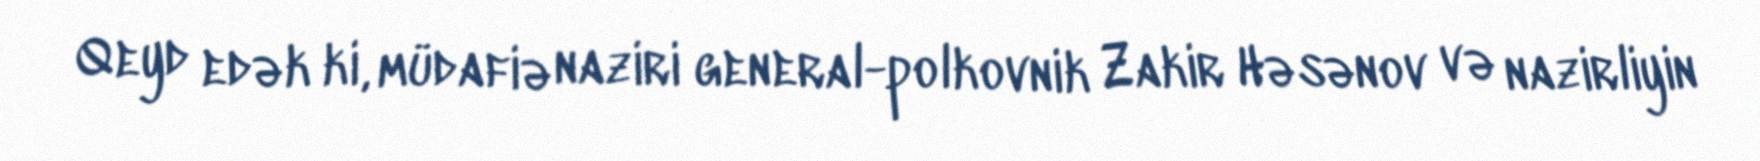
Qeyd edək ki, müdafiə naziri general-polkovnik Zakir Həsənov və nazirliyin